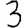
Digit: 3